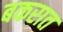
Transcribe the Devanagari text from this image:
बकरात